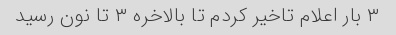
۳ بار اعلام تاخیر کردم تا بالاخره ۳ تا نون رسید